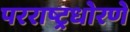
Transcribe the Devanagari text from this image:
परराष्ट्रधोरणे